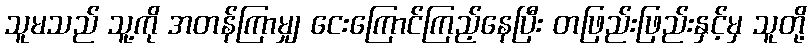
သူမသည် သူ့ကို အတန်ကြာမျှ ငေးကြောင်ကြည့်နေပြီး တဖြည်းဖြည်းနှင့်မှ သူတို့